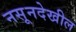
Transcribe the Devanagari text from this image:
नसूनदेखील